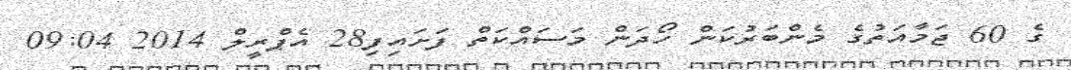
ގެ 60 ޖަމާއަތުގެ މެންބަރުކަން ހޯދަން މަސައްކަތް ފަށައިފި28 އެޕްރީލް 2014 09:04